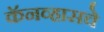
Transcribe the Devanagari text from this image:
कॅनव्हासचे